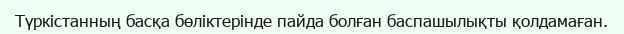
Түркістанның басқа бөліктерінде пайда болған баспашылықты қолдамаған.